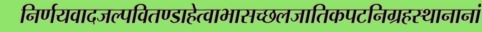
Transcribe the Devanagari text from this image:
निर्णयवादजल्पवितण्डाहेत्वाभासच्छलजातिकपटनिग्रहस्थानानां